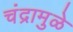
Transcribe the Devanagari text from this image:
चंद्रामुळे